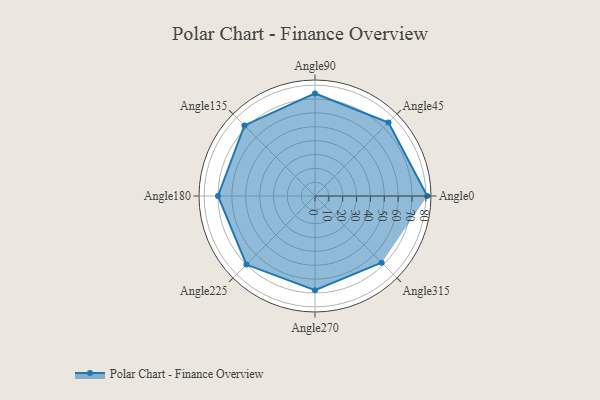
{"axis": {"x": "Angle", "y": "Radius"}, "legend": [""], "data": [{"x": "Angle0", "y": 81.0, "type": ""}, {"x": "Angle45", "y": 75.0, "type": ""}, {"x": "Angle90", "y": 74.0, "type": ""}, {"x": "Angle135", "y": 72.0, "type": ""}, {"x": "Angle180", "y": 70.0, "type": ""}, {"x": "Angle225", "y": 70.0, "type": ""}, {"x": "Angle270", "y": 68.0, "type": ""}, {"x": "Angle315", "y": 68.0, "type": ""}]}